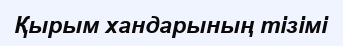
Қырым хандарының тізімі